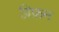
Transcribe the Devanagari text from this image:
ग्रिफ़न